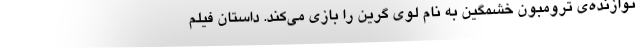
نوازنده‌ی ترومبون خشمگین به نام لوی گرین را بازی می‌کند. داستان فیلم